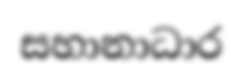
සහානාධාර